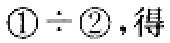
$\textcircled{1}\div\textcircled{2}，得$